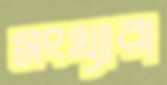
সংখ্যারা